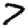
Digit: 7